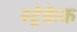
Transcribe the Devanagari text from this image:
स्ट्रेकेक